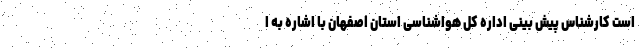
است کارشناس پیش بینی اداره کل هواشناسی استان اصفهان با اشاره به ا